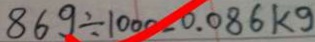
8 6 9 \div 1 0 0 0 - 0 . 0 8 6 k g